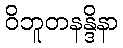
ဝိဘူတနန္ဒိနာ